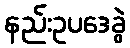
နည်းဥပဒေခွဲ